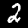
Digit: 2